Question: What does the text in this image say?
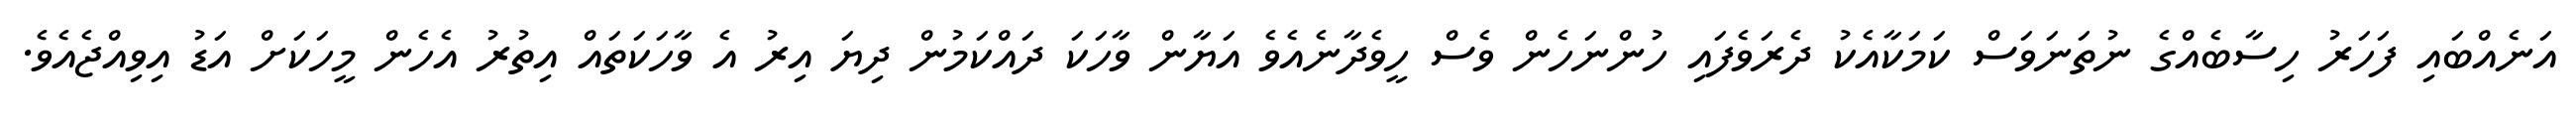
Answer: އަނެއްބައި ފަހަރު ހިސާބެއްގެ ނުތަނަވަސް ކަމަކާއެކު ދެރަވެފައި ހުންނަހެން ވެސް ހީވެދާނެއެވެ އަޔާން ވާހަކަ ދައްކަމުން ދިޔަ އިރު އެ ވާހަކަތައް އިތުރު އެހެން މީހަކަށް އަޑު އިވިއްޖެއެވެ.